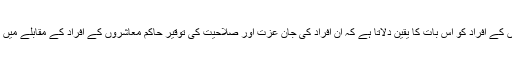
یہ نظام محکوم معاشروں کے افراد کو اس بات کا یقین دلاتا ہے کہ ان افراد کی جان عزت اور صلاحیت کی توقیر حاکم معاشروں کے افراد کے مقابلے میں نہ ہونے کے برابر ہے۔